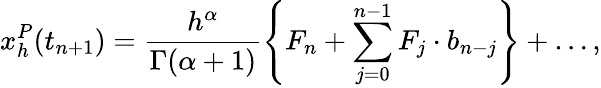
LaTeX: x_{h}^{P}(t_{n+1})=\frac{h^{\alpha}}{\Gamma(\alpha+1)}\left\{ F_{n}+\sum_{j=0}^{n-1}F_{j}\cdot b_{n-j}\right\} +\ldots,